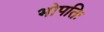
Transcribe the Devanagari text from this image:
भोपतिः